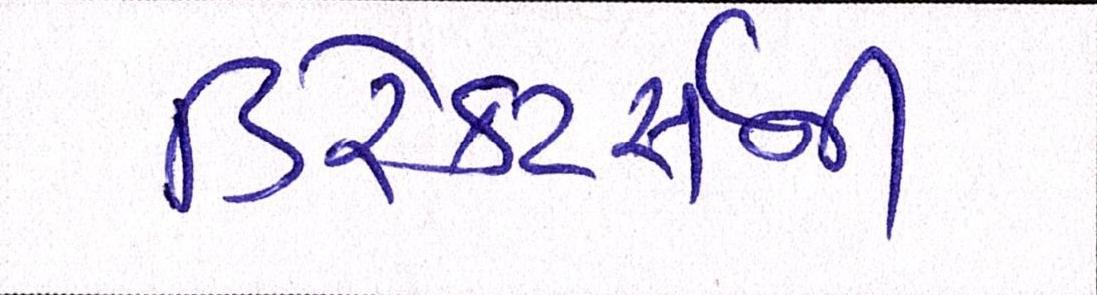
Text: ડિરેક્ટર્સની